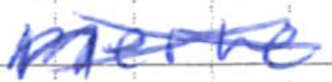
Text: nerve
Cross-out: cross
Writing tool: ballpoint